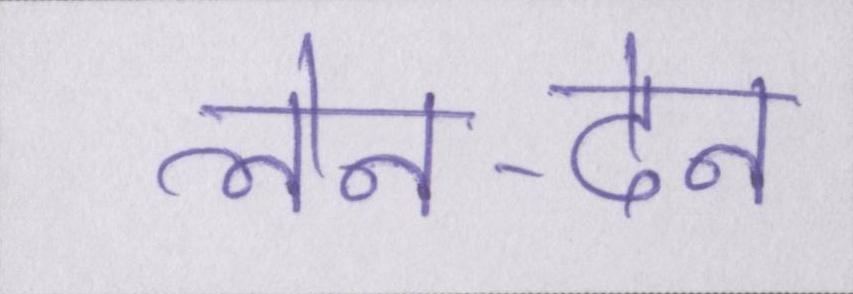
लेन-देन